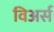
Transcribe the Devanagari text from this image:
विअर्स